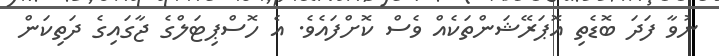
ނުވާ ފަދަ ބޮޑެތި އޮޕަރޭޝަންތަކެއް ވެސް ކޮށްފައެވެ. އެ ހޮސްޕިޓަލްގެ ޖާގައިގެ ދަތިކަން